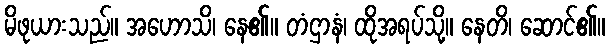
မိဖုယားသည်။ အဟောသိ၊ နေ၏။ တံဌာနံ၊ ထိုအရပ်သို့။ နေတိ၊ ဆောင်၏။